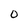
Character: 0